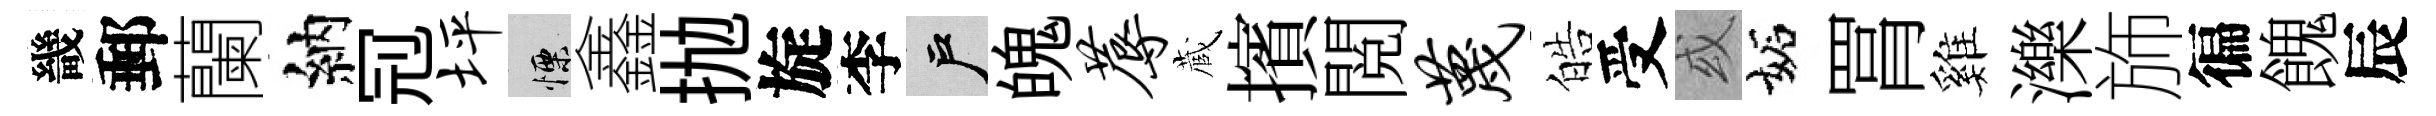
畿郵蘭納𠜍坪慄鑫抛旋李户魄蓐蔵擯閲蔑皓受或妬罥雞濼斾徧餽辰